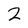
Character: 2